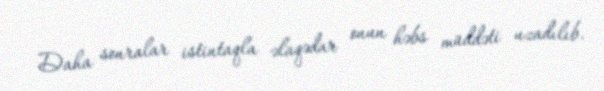
Daha sonralar istintaqla əlaqədar onun həbs müddəti uzadılıb.